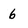
Character: 6